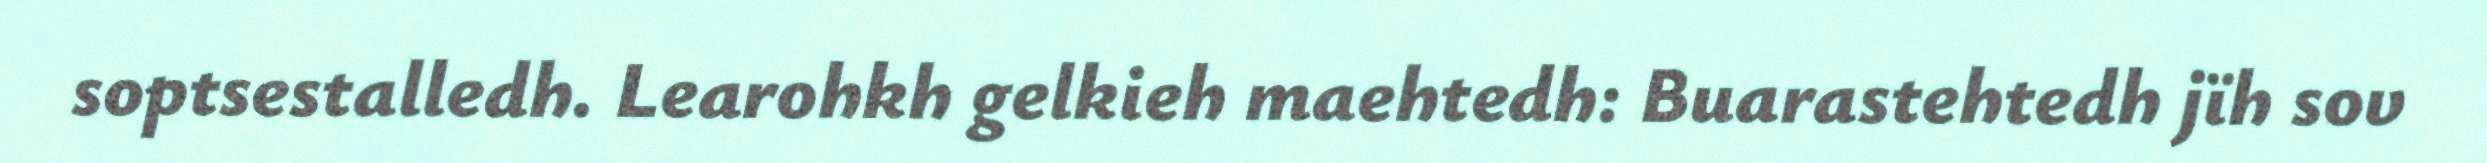
soptsestalledh. Learohkh gelkieh maehtedh: Buarastehtedh jïh sov